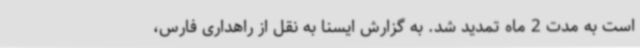
است به مدت 2 ماه تمدید شد. به گزارش ایسنا به نقل از راهداری فارس،